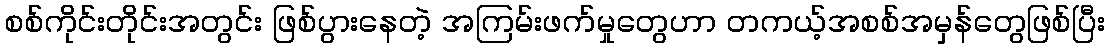
စစ်ကိုင်းတိုင်းအတွင်း ဖြစ်ပွားနေတဲ့ အကြမ်းဖက်မှုတွေဟာ တကယ့်အစစ်အမှန်တွေဖြစ်ပြီး